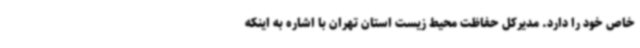
خاص خود را دارد. مدیرکل حفاظت محیط زیست استان تهران با اشاره به اینکه